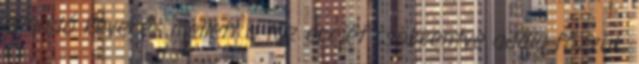
állandó keverés mellett a tűz erejét csökkentve addig főzzük,